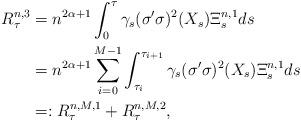
LaTeX: \begin{align*} R^{n,3} _\tau &=n^{2\alpha+1}\int^{\tau}_0\gamma_s (\sigma'\sigma)^2(X_s) \Xi ^{n,1}_s ds \\&=n^{2\alpha+1} \sum_{i=0} ^{M-1} \int_{\tau_i} ^{\tau_{i+1}} \gamma_s (\sigma'\sigma)^2(X_s) \Xi^{n,1}_s ds \\&=: R^{n,M,1} _\tau + R^{n,M,2} _\tau,\end{align*}